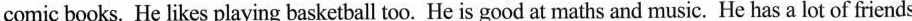
comic books. He likes playing basketball too. He is good at maths and music. He has a lot of friends